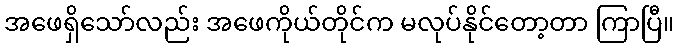
အဖေရှိသော်လည်း အဖေကိုယ်တိုင်က မလုပ်နိုင်တော့တာ ကြာပြီ။